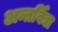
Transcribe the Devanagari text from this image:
अन्तर्विद्या